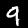
Digit: 9